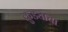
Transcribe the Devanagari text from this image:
कुड्याचा